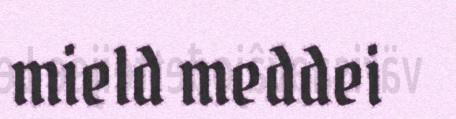
mield meddei